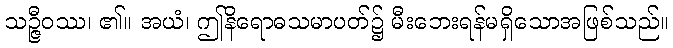
သဉ္ဇီဝဿ၊ ၏။ အယံ၊ ဤနိရောဓသမာပတ်၌ မီးဘေးရန်မရှိသောအဖြစ်သည်။